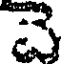
చె